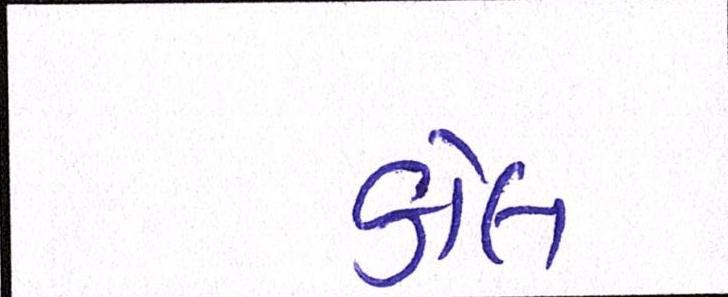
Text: કોલ